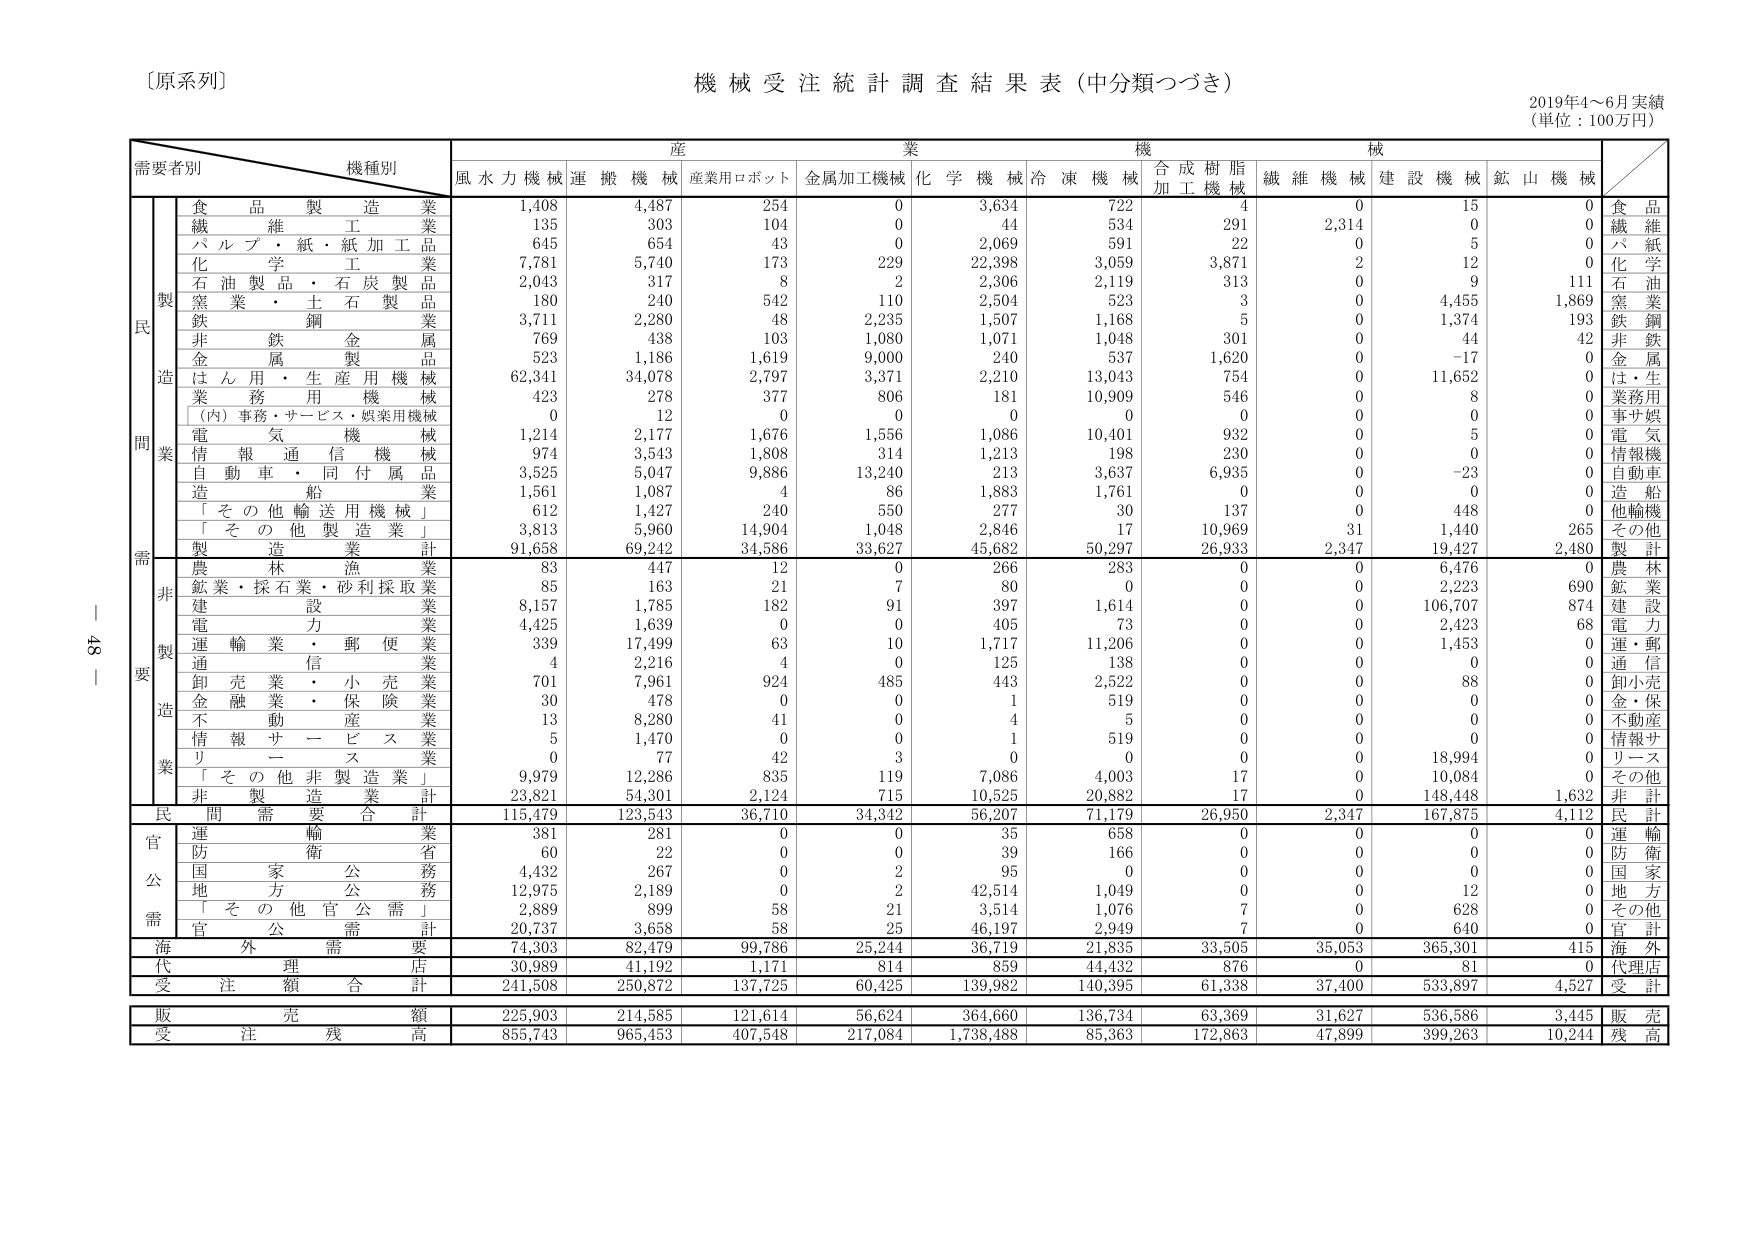
〔原系列〕
機械受注統計調査結果表（中分類つづき）
2019年4～6月実績
（単位：100万円）

需要者別　機種別